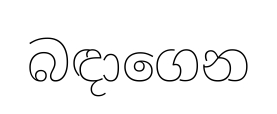
බඳාගෙන